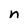
Character: n